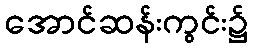
အောင်ဆန်းကွင်း၌